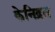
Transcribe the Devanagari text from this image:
केनिद्रत